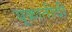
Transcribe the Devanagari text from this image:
यूक्रातीदी